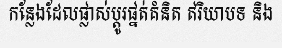
កន្លែងដែលផ្លាស់ប្តូរផ្នត់គំនិត ឥរិយាបទ និង